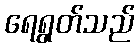
ရေရွတ်သည်